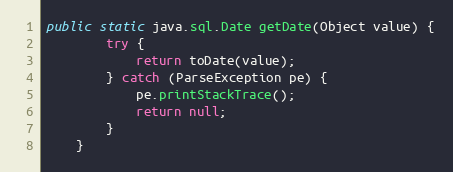
Language: Java
public static java.sql.Date getDate(Object value) {
        try {
            return toDate(value);
        } catch (ParseException pe) {
            pe.printStackTrace();
            return null;
        }
    }